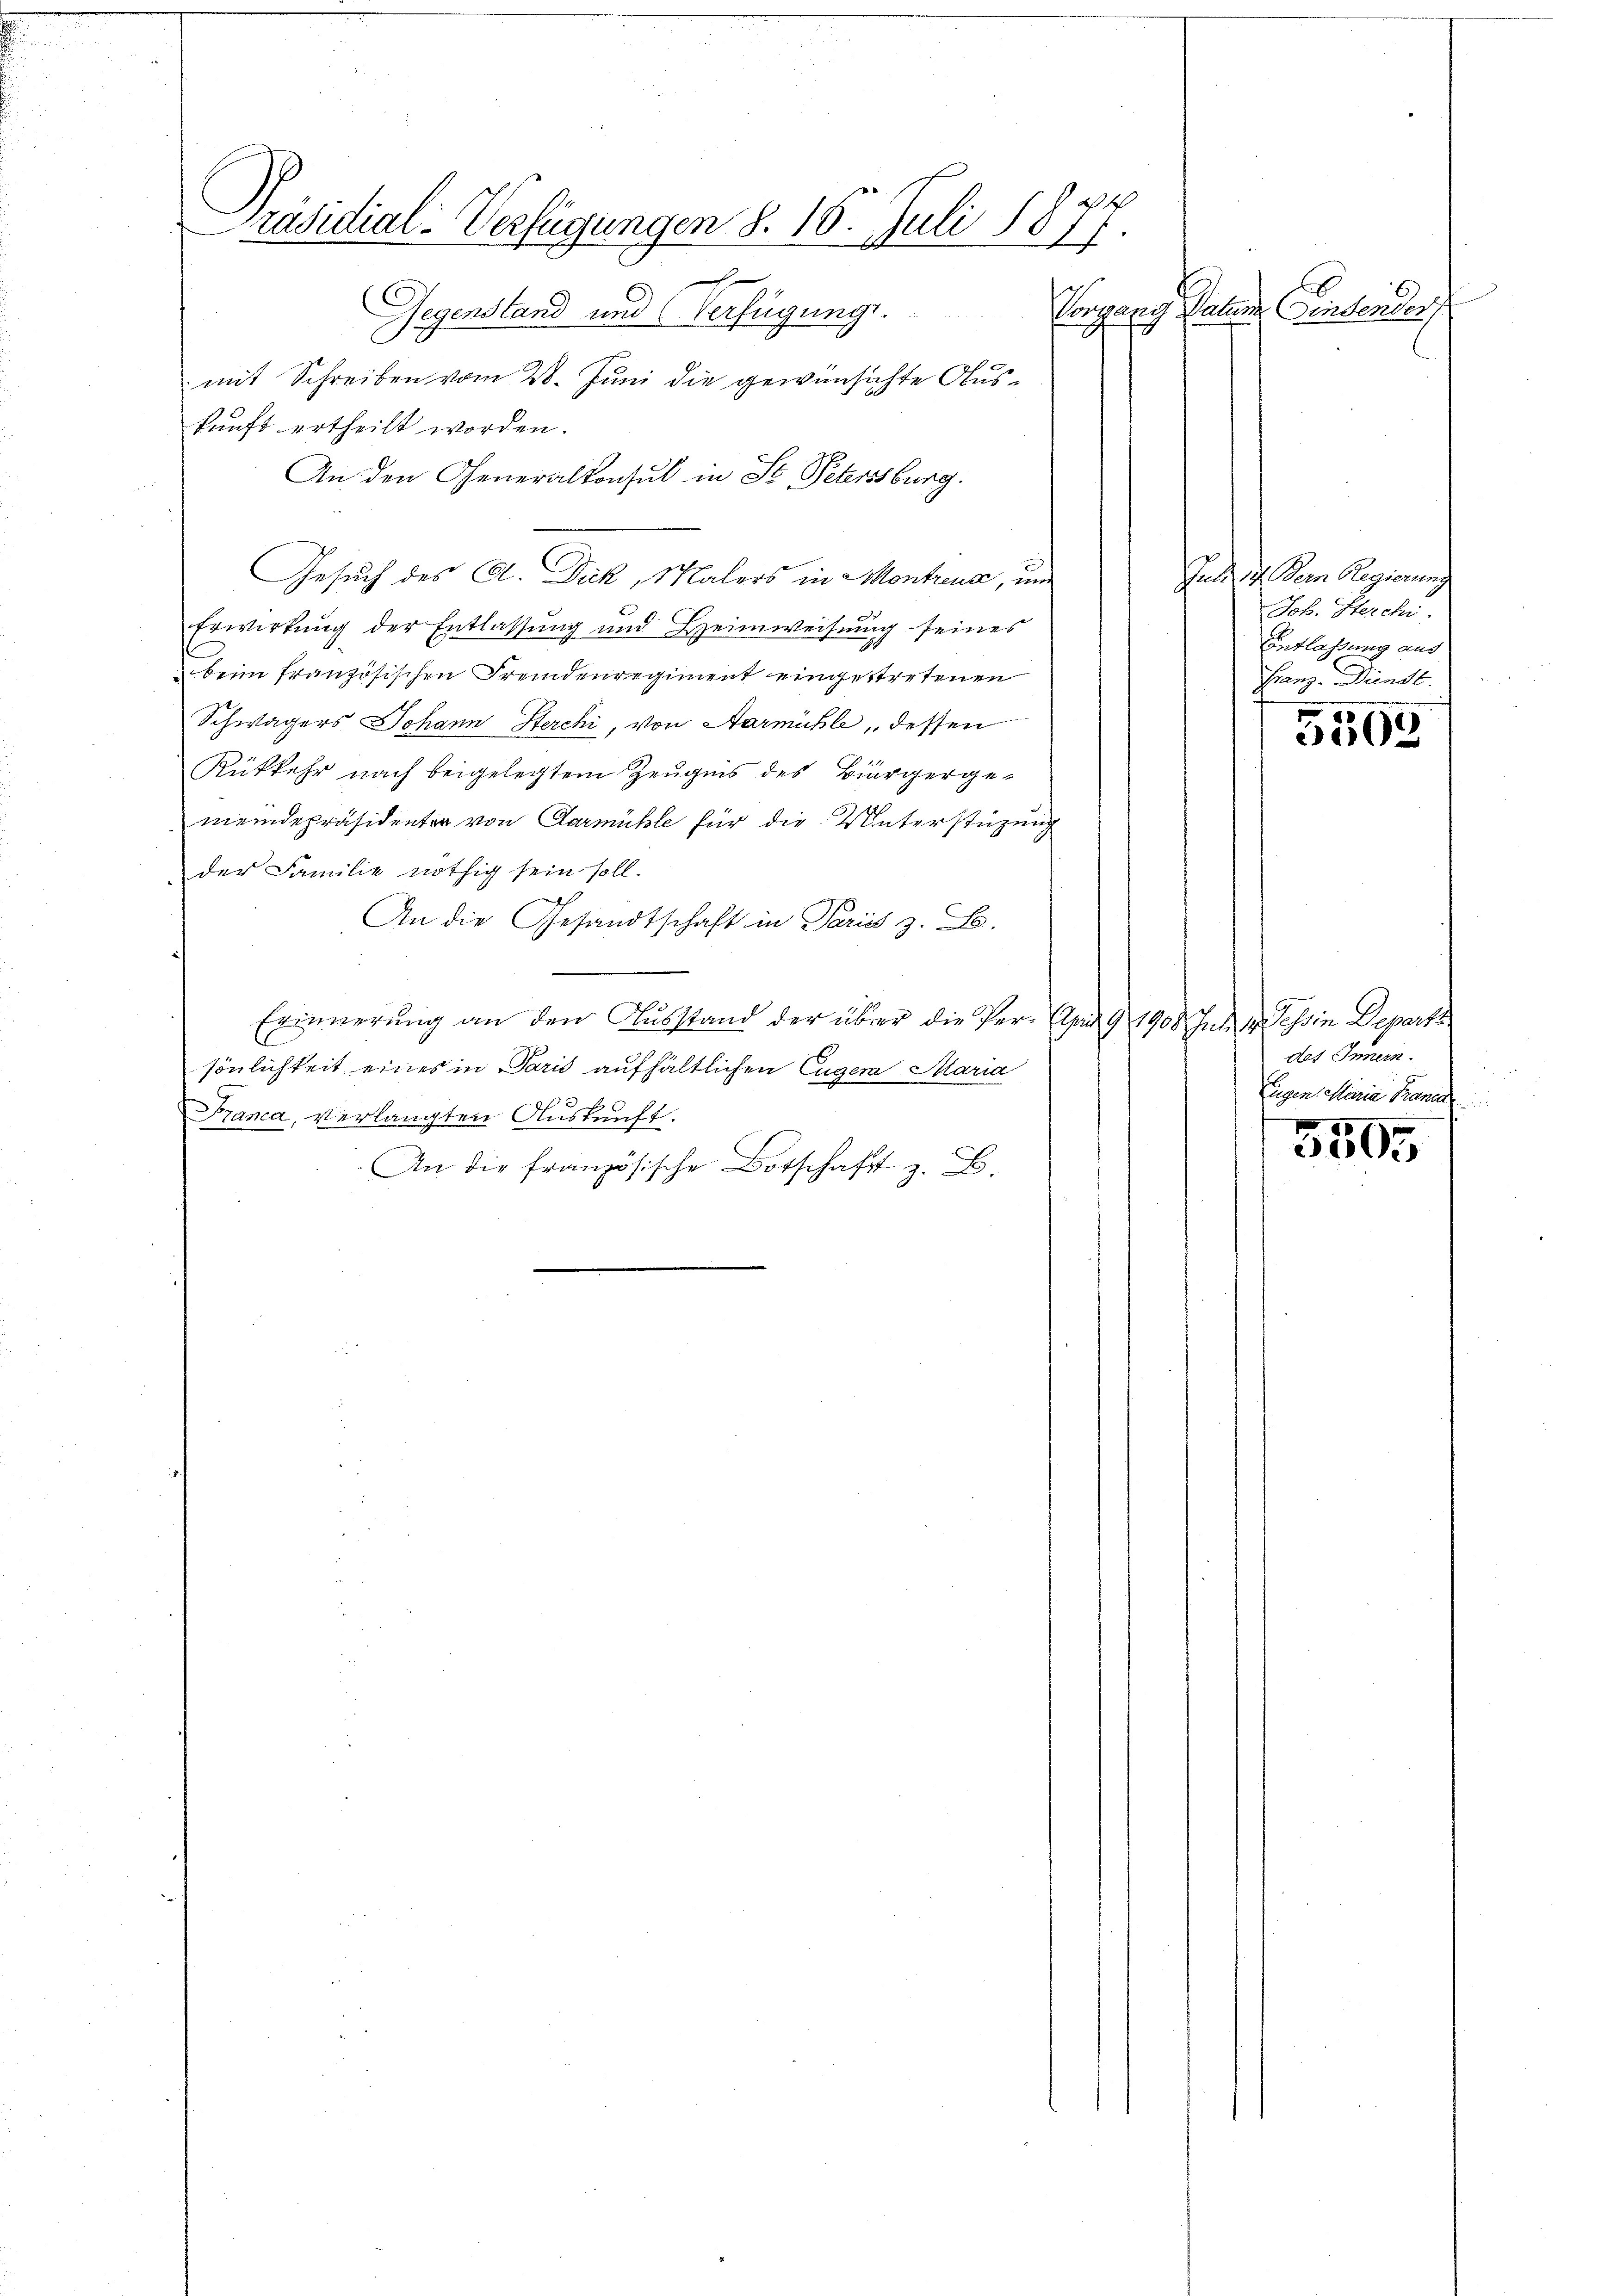
Präsidial-Verfügungen §. 16. Juli 1877.

klegung
Gegenstand und Verfügung.

mit Schreiben vom 28. Juni die gewünschte Auskunft ertheilt worden.
An den Generalkonsul in St. Petersburg.
Gesuch des A. Dick, Malers in Montreux, um
Erwirkung der Entlassung und Heimweisung seines
 beim französischen Fremdenregiment eingestretenen
Schwägers Johann Sterchi, von Aarmühle, dessen
Rükkehr nach beigelegtem Zeugnis des Biergerge-
meindepräsidentia von Darmühle für die Unterstüzung
der Familie nöthig sein soll.
An die Gesandtschaft in Pariss z. B.
Erinnerung an den Ausstand der über die Ver- Am 9. 1900 Juli der Tessin Departe
sönlichkeit eines in Paris aufhältlichen Eugen Maria
Franca, verlangten Auskunft.
An die französische Botschaft z. B.

Paten Consender

Juli d. Dein Regierung
Joh. Sterchi
Entlassung aus
Franz. Dienst.

9
398

des Innern.
Eugensellaria Braner

3505